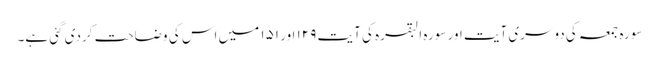
سورہ جمعہ کی دوسری آیت اور سورہ البقرہ کی آیت ۱۲۹ اور ۱۵۱ میں اس کی وضاحت کردی گئی ہے۔